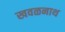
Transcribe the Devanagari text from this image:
खवळनाथ